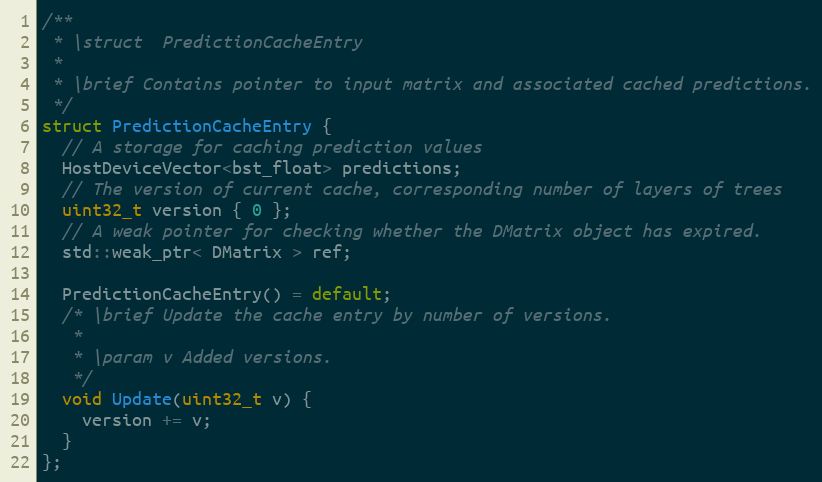
Language: C
/**
 * \struct  PredictionCacheEntry
 *
 * \brief Contains pointer to input matrix and associated cached predictions.
 */
struct PredictionCacheEntry {
  // A storage for caching prediction values
  HostDeviceVector<bst_float> predictions;
  // The version of current cache, corresponding number of layers of trees
  uint32_t version { 0 };
  // A weak pointer for checking whether the DMatrix object has expired.
  std::weak_ptr< DMatrix > ref;

  PredictionCacheEntry() = default;
  /* \brief Update the cache entry by number of versions.
   *
   * \param v Added versions.
   */
  void Update(uint32_t v) {
    version += v;
  }
};